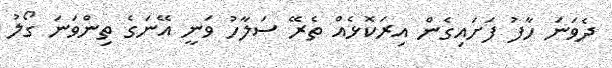
ދެވަނަ ހާފު ފަށައިގެން އިރަކޮޅެއް ތެރޭ ސަލާހު ވަނީ އޭނަގެ ތިންވަނަ ގޯލު